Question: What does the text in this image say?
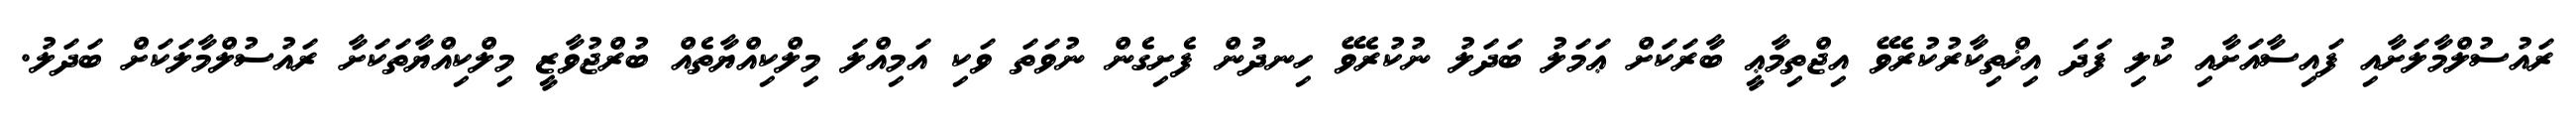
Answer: ރައުސުލްމާލަށާއި ފައިސާއަށާއި ކުލި ފަދަ އިޚްތިކާރުކުރެވޭ އިޖްތިމާޢީ ބާރަކަށް ޢަމަލު ބަދަލު ނުކުރެވޭ ހިނދުން ފެށިގެން ނުވަތަ ވަކި އަމިއްލަ މިލްކިއްޔާތެއް ބުރްޖުވާޒީ މިލްކިއްޔާތަކަށާ ރައުސުލްމާލަކަށް ބަދަލު.